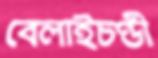
বেলাইচণ্ডী